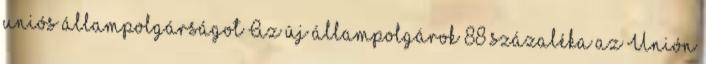
uniós állampolgárságot Az új állampolgárok 88 százaléka az Unión